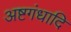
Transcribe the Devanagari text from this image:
अष्टगंधादि